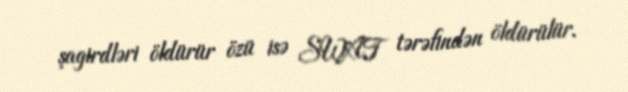
şagirdləri öldürür özü isə SWAT tərəfindən öldürülür.